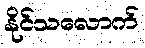
နိုင်သလောက်